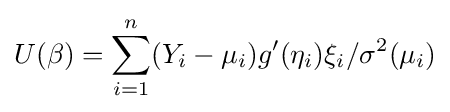
U(\beta )=\sum _{i=1}^{n}(Y_{i}-\mu _{i})g'(\eta _{i})\xi _{i}/\sigma ^{2}(\mu _{i})